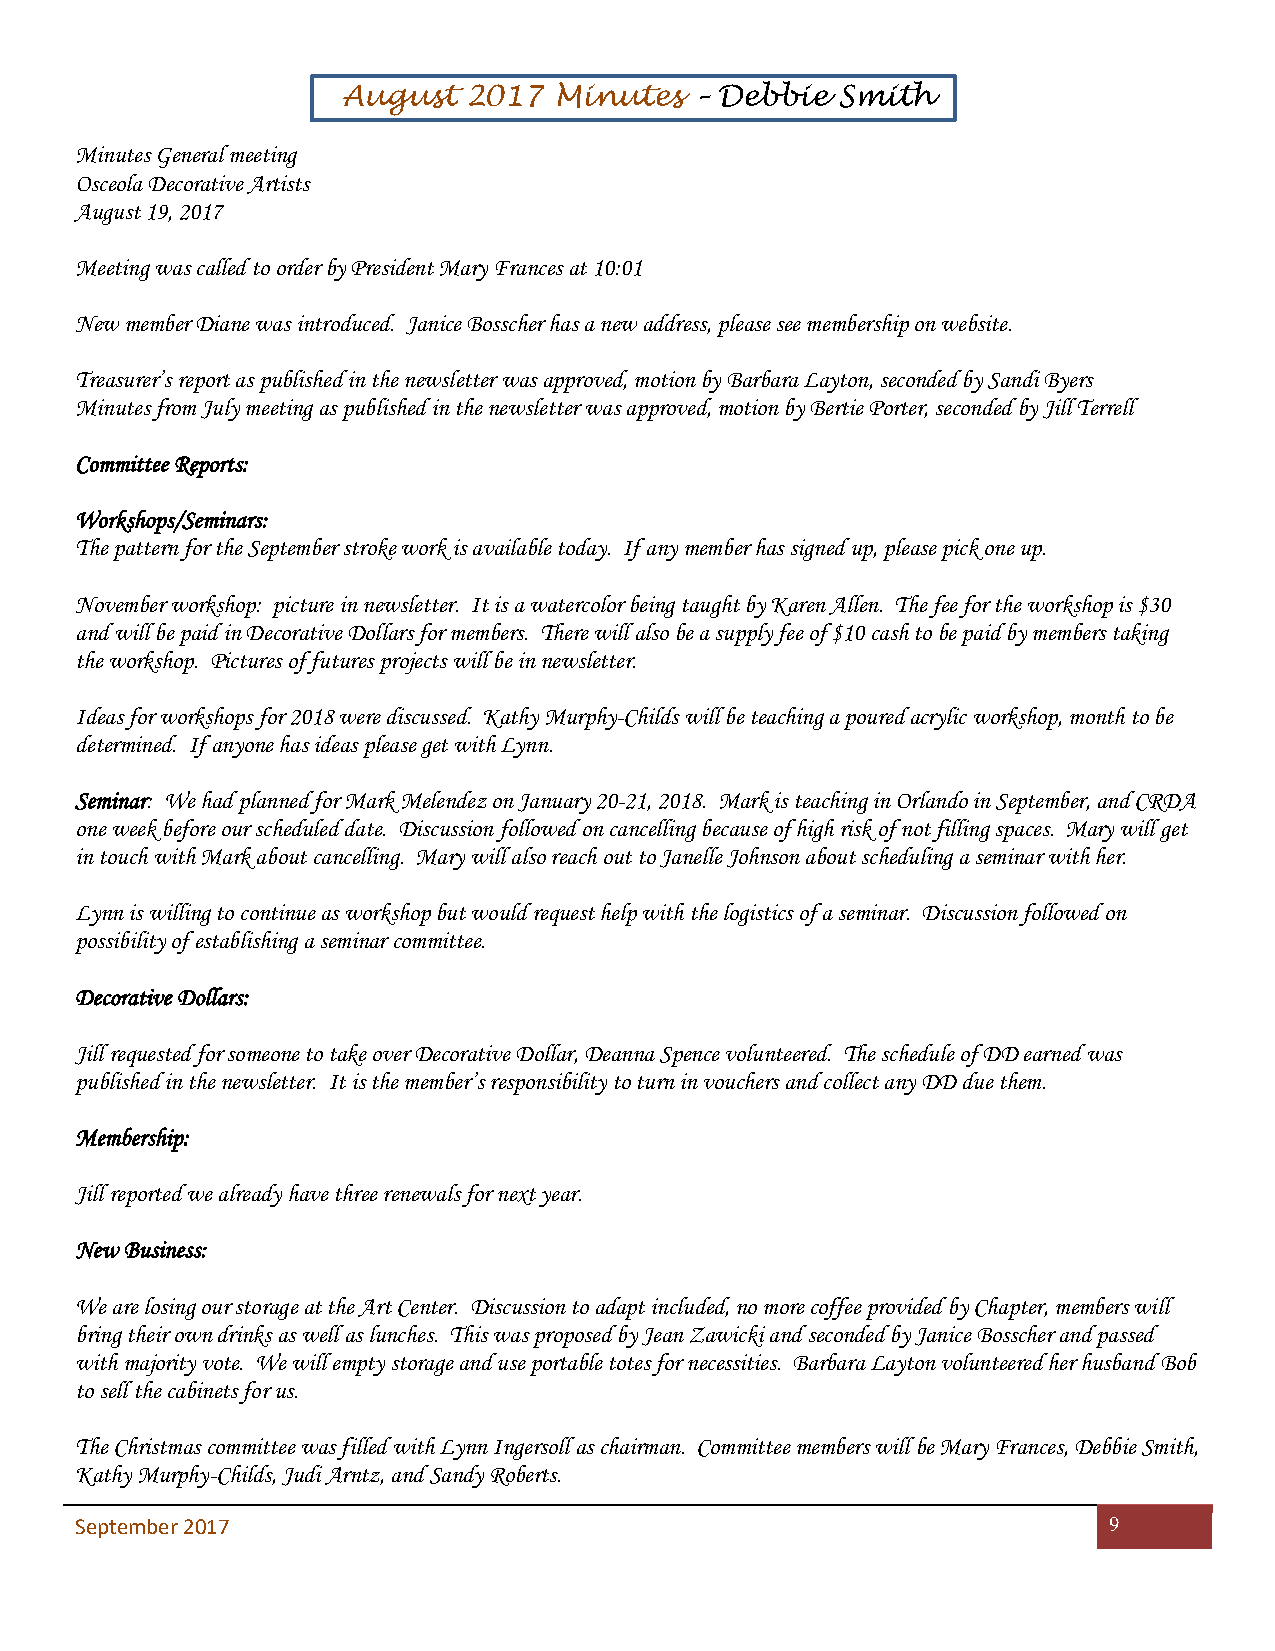
August  2017  Minutes  – Debbie Smith
 Minutes General meeting
 Osceola Decorative Artists
 August 19, 2017
 Meeting was called to order by President Mary Frances at 10:01
 New member Diane was introduced. Janice Bosscher has a new address, please see membership on website.
 Treasurer’s report as published in the newsletter was approved, motion by Barbara Layton, seconded by Sandi Byers
 Minutes from July meeting as published in the newsletter was approved, motion by Bertie Porter, seconded by Jill Terrell
 Committee Reports:
 Workshops/Seminars:
 The pattern for the September stroke work is available today. If any member has signed up, please pick one up.
 November workshop: picture in newsletter. It is a watercolor being taught by Karen Allen. The fee for the workshop is $30
 and will be paid in Decorative Dollars for members. There will also be a supply fee of $10 cash to be paid by members taking
 the workshop. Pictures of futures projects will be in newsletter.
 Ideas for workshops for 2018 were discussed. Kathy Murphy-Childs will be teaching a poured acrylic workshop, month to be
 determined. If anyone has ideas please get with Lynn.
 Seminar: We had planned for Mark Melendez on January 20-21, 2018. Mark is teaching in Orlando in September, and CRDA
 one week before our scheduled date. Discussion followed on cancelling because of high risk of not filling spaces. Mary will get
 in touch with Mark about cancelling. Mary will also reach out to Janelle Johnson about scheduling a seminar with her.
 Lynn is willing to continue as workshop but would request help with the logistics of a seminar. Discussion followed on
 possibility of establishing a seminar committee.
 Decorative Dollars:
 Jill requested for someone to take over Decorative Dollar, Deanna Spence volunteered. The schedule of DD earned was
 published in the newsletter. It is the member’s responsibility to turn in vouchers and collect any DD due them.
 Membership:
 Jill reported we already have three renewals for next year.
 New Business:
 We are losing our storage at the Art Center. Discussion to adapt included, no more coffee provided by Chapter, members will
 bring their own drinks as well as lunches. This was proposed by Jean Zawicki and seconded by Janice Bosscher and passed
 with majority vote. We will empty storage and use portable totes for necessities. Barbara Layton volunteered her husband Bob
 to sell the cabinets for us.
 The Christmas committee was filled with Lynn Ingersoll as chairman. Committee members will be Mary Frances, Debbie Smith,
 Kathy Murphy-Childs, Judi Arntz, and Sandy Roberts.
 September 2017                                                      9